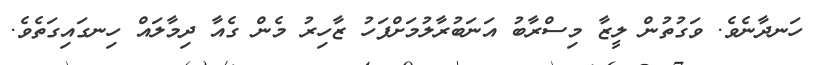
ހަނދާނެވެ. ވަގުތުން ލީޒާ މިސްރާބު އަނަބުރާލުމަށްފަހު ޒާހިރު މެން ގެއާ ދިމާލައް ހިނގައިގަތެވެ.